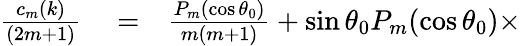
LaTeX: \begin{array}{rlr}{\frac{c_{m}(k)}{(2m+1)}}&{{}=}&{\frac{P_{m}(\cos\theta_{0})}{m(m+1)}+\sin\theta_{0}P_{m}(\cos\theta_{0})\times}\end{array}